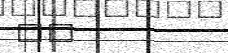
٦٤